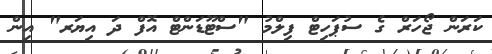
ކަރަން ޖޯހަރް ގެ ސުޕަހިޓް ފިލްމު "ސްޓޫޑަންޓް އޮފް ދަ އިޔަރ" އިން